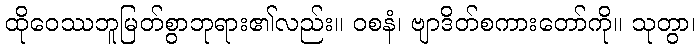
ထိုဝေဿဘူမြတ်စွာဘုရား၏လည်း။ ဝစနံ၊ ဗျာဒိတ်စကားတော်ကို။ သုတွာ၊